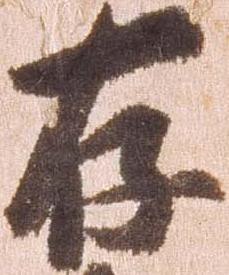
存